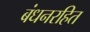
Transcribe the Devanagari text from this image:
बंधनरहित